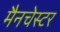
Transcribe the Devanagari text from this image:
मैनचेस्‍टर